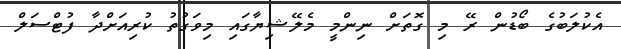
އެކުލަބުގެ ބޯޑުން ރޭ މި ގޮތަށް ނިންމީ މެލޭޝިޔާގައި މިވަގުތު ކުރިއަށްދާ ފުޓްސަލް